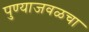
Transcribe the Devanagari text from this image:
पुण्याजवळचा